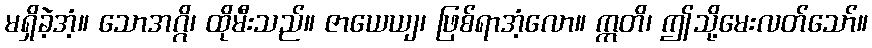
မရှိခဲ့အံ့။ သောအဂ္ဂိ၊ ထိုမီးသည်။ ဇာယေယျ၊ ဖြစ်ရာအံ့လော။ ဣတိ၊ ဤသို့မေးလတ်သော်။